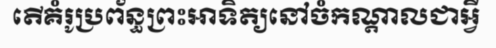
តើគំរូប្រព័ន្ធព្រះអាទិត្យនៅចំកណ្តាលជាអ្វី